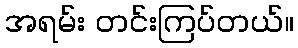
အရမ်း တင်းကြပ်တယ်။